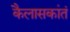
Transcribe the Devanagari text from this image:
कैलासकांतं